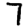
Digit: 7